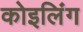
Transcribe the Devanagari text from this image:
कोइलिंग